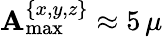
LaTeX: \mathbf{A}_{\mathrm{{max}}}^{\{ x,y,z\} }\approx5\, \mu